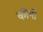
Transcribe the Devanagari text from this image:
कीभी